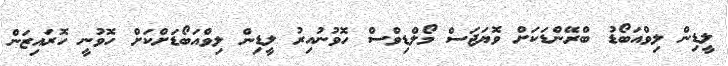
ލީޑިން ލިވްއަބޯޑު ބްރޭންޑަކަށް ވޮޔަޖަސް މޯލްޑިވްސް ހޮވުނުއިރު ލީޑިން ލިވްއަބޯޑަށްކަށް ހޮވުނީ ހޮރައިޒަން